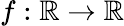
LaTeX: f:\mathbb{R}\rightarrow\mathbb{R}